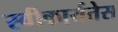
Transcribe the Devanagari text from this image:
स्वीकार्यतेस